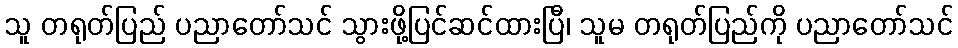
သူ တရုတ်ပြည် ပညာတော်သင် သွားဖို့ပြင်ဆင်ထားပြီ၊ သူမ တရုတ်ပြည်ကို ပညာတော်သင်